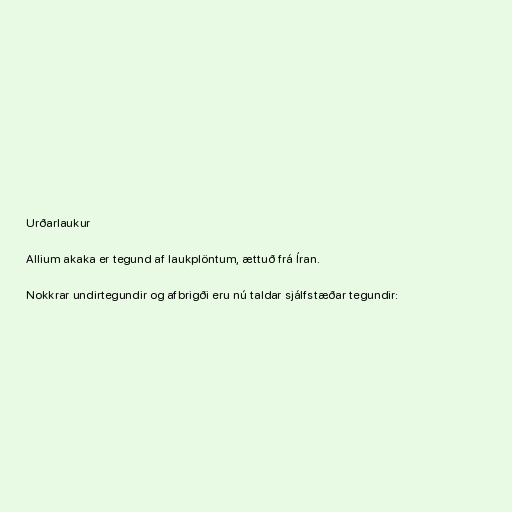
Urðarlaukur

Allium akaka er tegund af laukplöntum, ættuð frá Íran.

Nokkrar undirtegundir og afbrigði eru nú taldar sjálfstæðar tegundir: